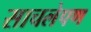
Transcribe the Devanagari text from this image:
साचलेपण